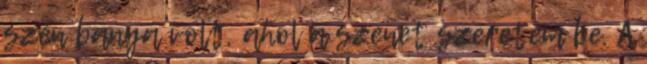
szén bánya volt, ahol a szenet szeretem be. A